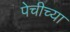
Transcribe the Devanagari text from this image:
पेचीच्या